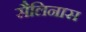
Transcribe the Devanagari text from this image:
सैलिनास